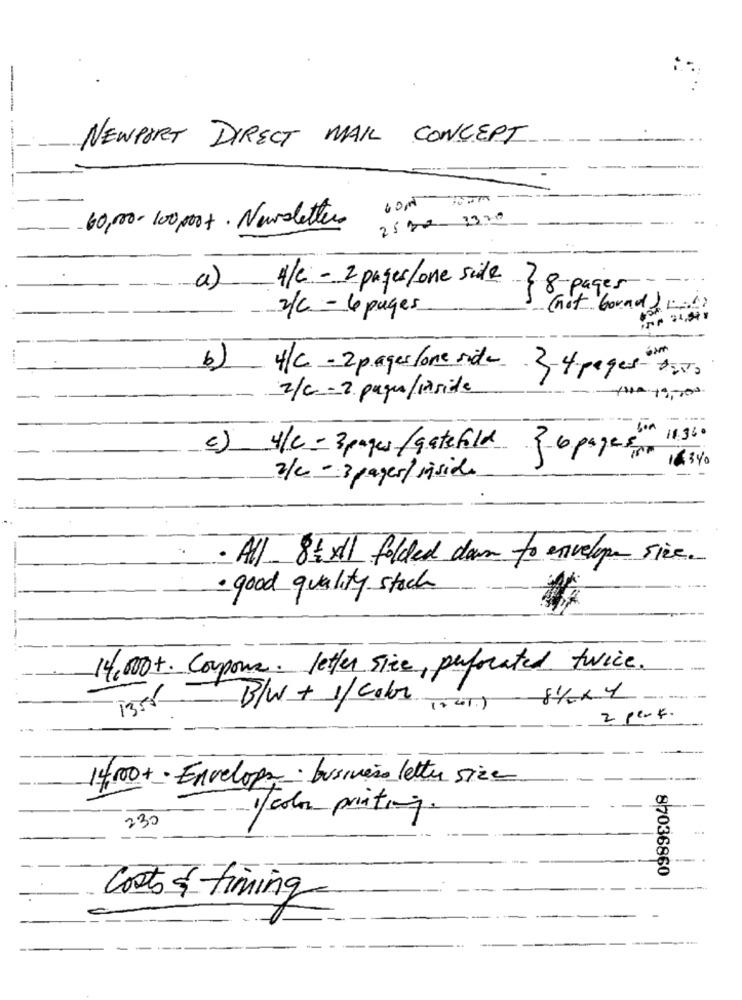
NEWPORT DIRECT MAIL CONCEPT
-
60,00- 100,000+ . Newsletter
25# 2320
-..
A/C - 2 pages/ one side } 8-pages
2/c -6 pages
(not bound ) .
b)
4/C - 2 pages /one side
3-4 pages ders
2/c - 2 pages/1aside
11.36
c) y/c=3 pages/gatefold
163%0
2/c - 3 pages/ inside
· All _ 85 x11 folded down to envelope sice.
· good quality stock
14,000+. Coupone. letter size, perforated twice.
1355
B/W + 1/ color Tout) 8/2× 1
2 perf.
14,000+ . Envelope . business letter size
230
1color printing
87036860
Costs & timing